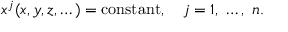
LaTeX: x ^ { j } ( x , y , z , \dots ) = \mathrm { c o n s t a n t } , \quad j = 1 , \ \dots , \ n .